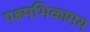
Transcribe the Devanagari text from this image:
पक्ष्मभिकामय